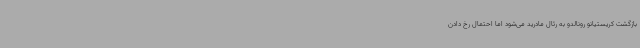
بازگشت کریستیانو رونالدو به رئال مادرید می‌شود اما احتمال رخ دادن